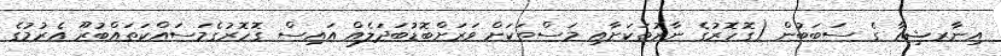
އިނާރޝިއާ ގެ ސަބަބުން (ގޮހޮރުގެ ނާރުތަކަށާއި މަސްތަކަށް ވަރަށްބޮޑުބަދަލެއް އައިސް ގޮހޮރުގެމަސައްކަތައްބުރޫ އެރުމުގެ